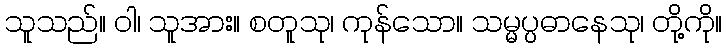
သူသည်။ ဝါ၊ သူအား။ စတူသု၊ ကုန်သော။ သမ္မပ္ပဓာနေသု၊ တို့ကို။